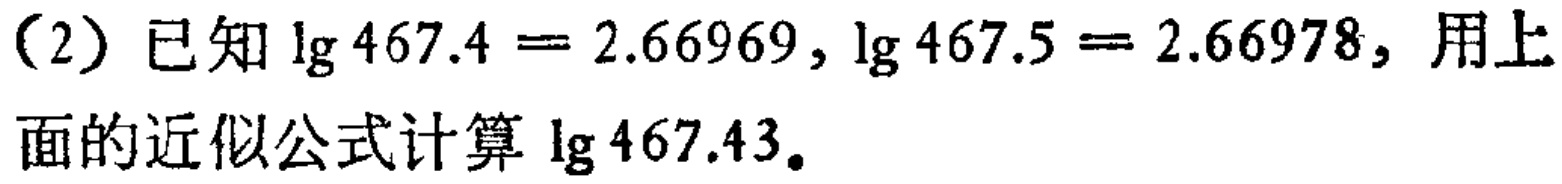
（2）已知\(\lg 467.4 = 2.66969\)，\(\lg 467.5 = 2.66978\)，用上面的近似公式计算\(\lg 467.43\)。